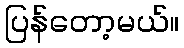
ပြန်တော့မယ်။